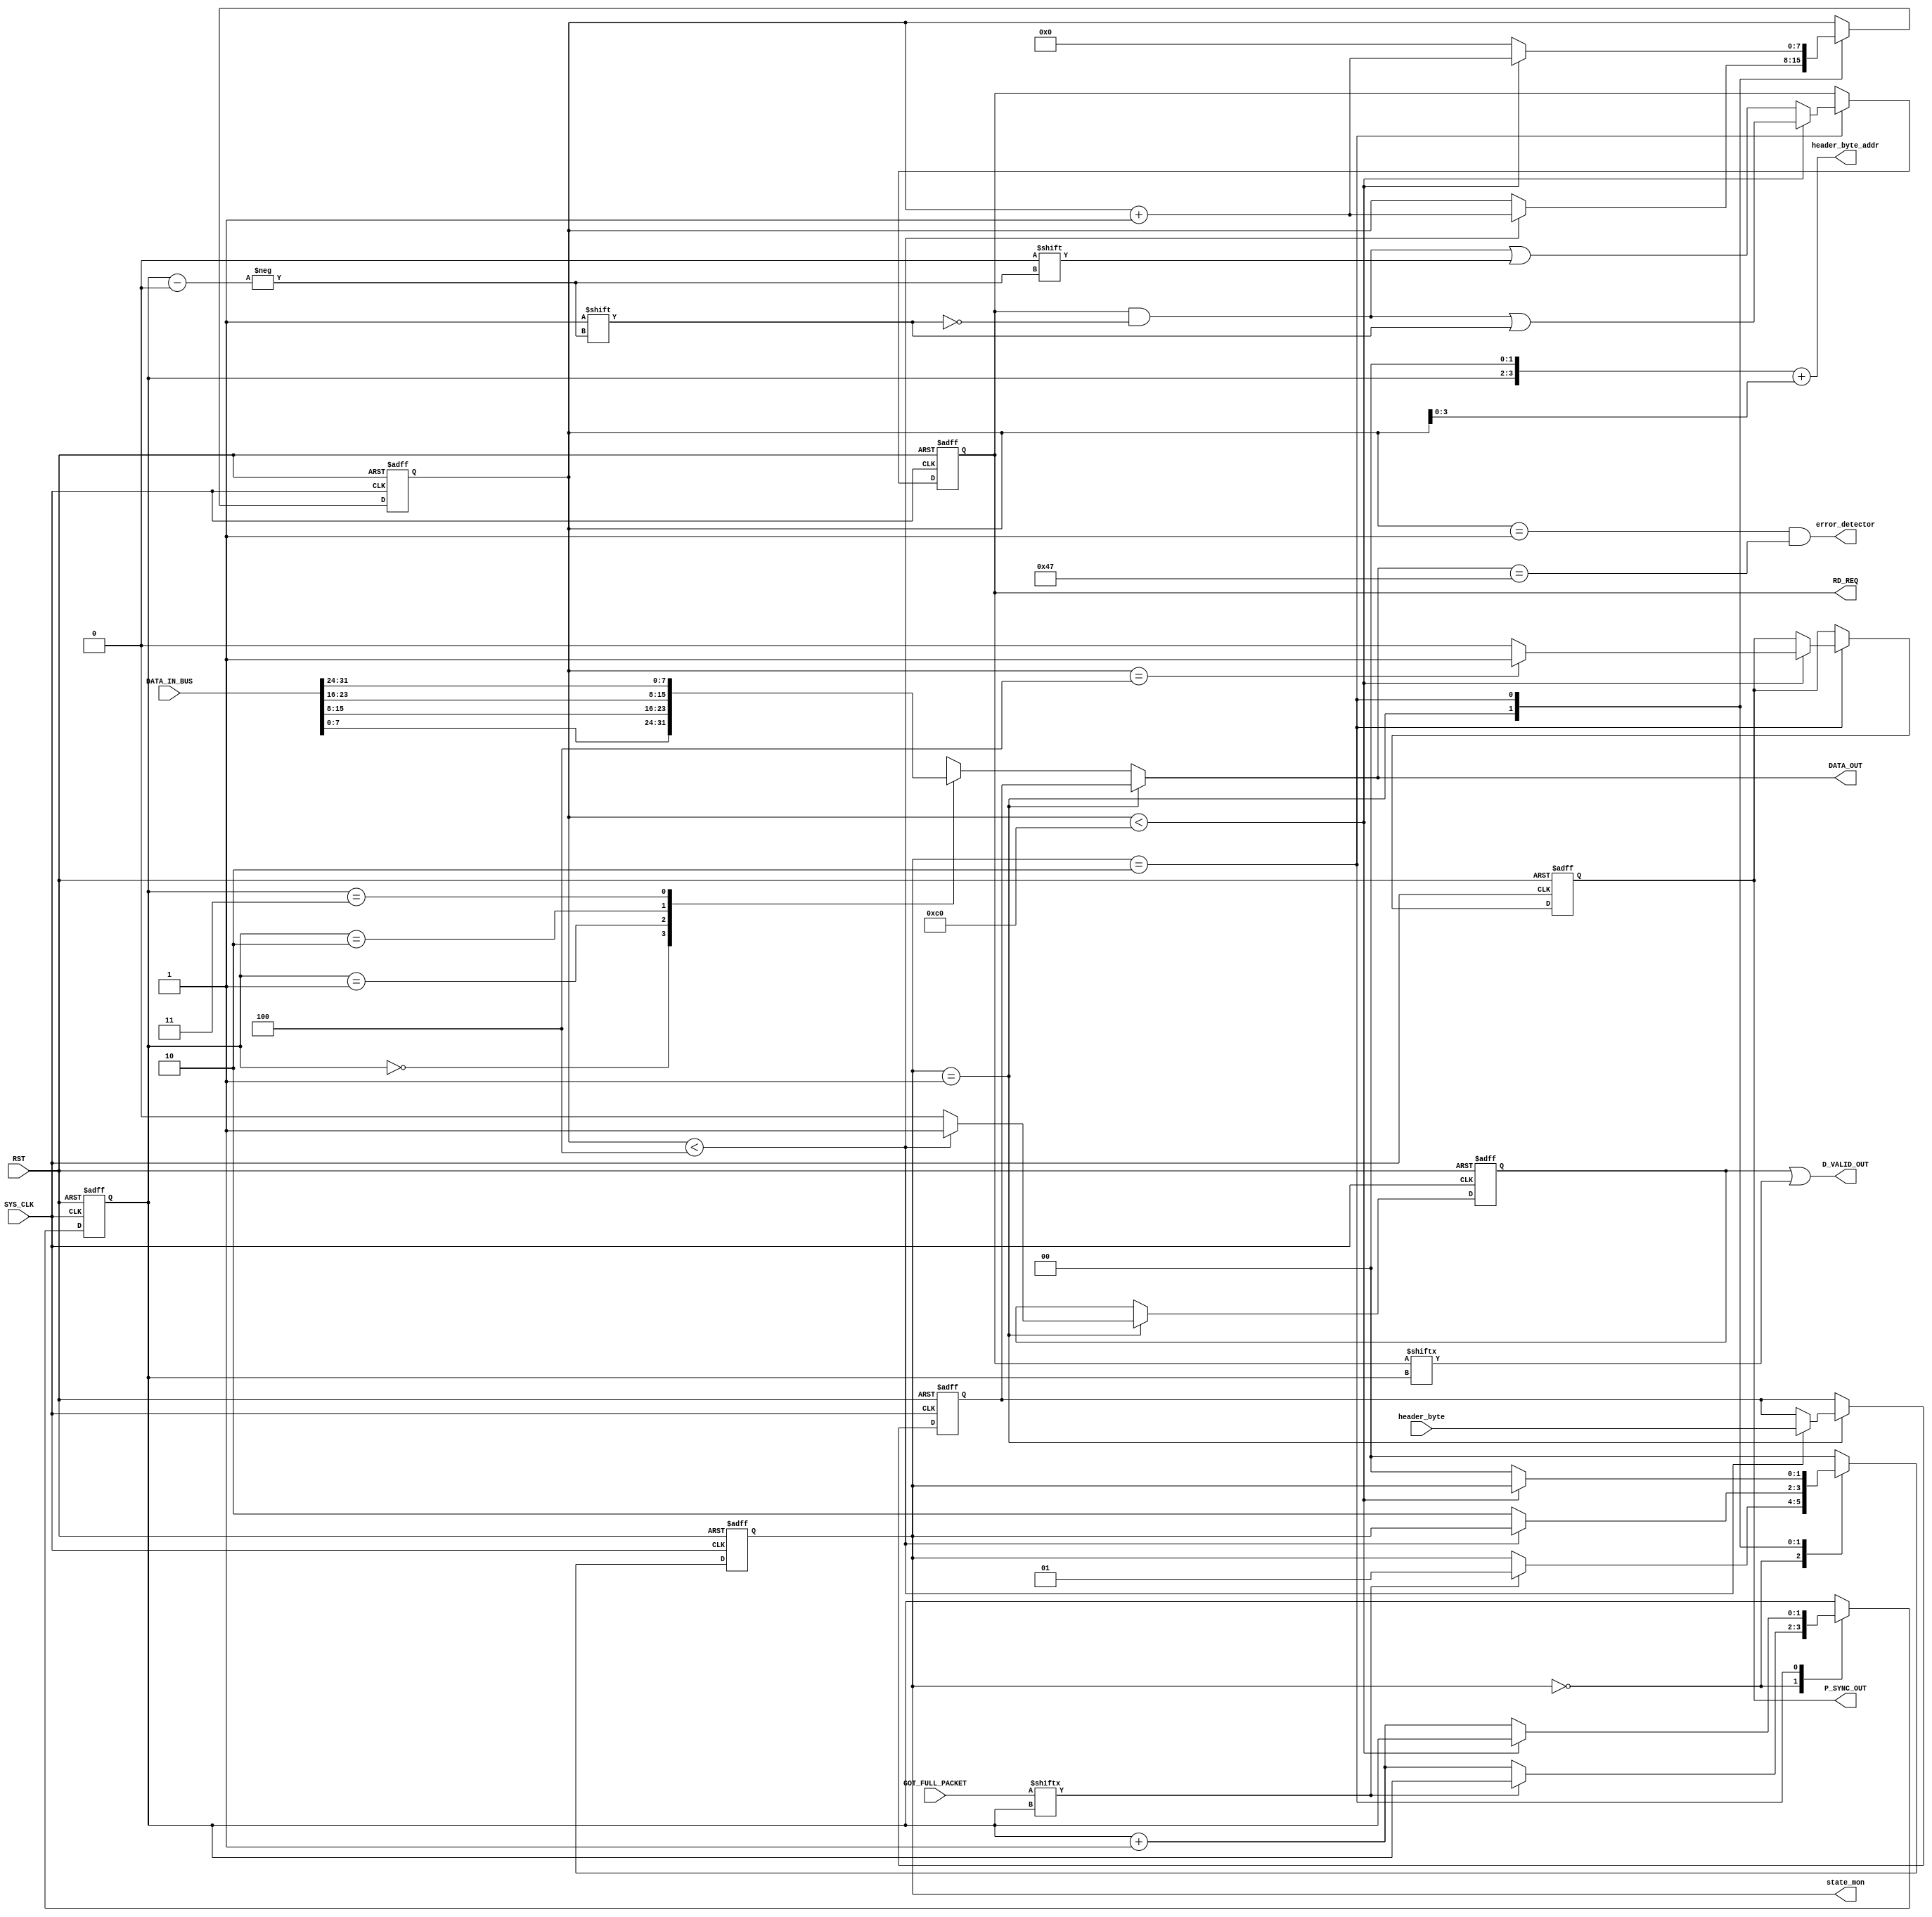
module source_switch(		// здесь сформировать give_me_one_packet для каждого источника
input SYS_CLK,
input RST,
input [3:0] GOT_FULL_PACKET,

input [31:0] DATA_IN_BUS,

output [3:0] header_byte_addr,
input [7:0] header_byte,

output reg [3:0] RD_REQ,

output [7:0] DATA_OUT,
output D_VALID_OUT,
output reg P_SYNC_OUT,

output [1:0] state_mon,
output error_detector
);

assign header_byte_addr = (source_counter<<2) + byte_counter[3:0];

assign state_mon = state;
assign error_detector = ((byte_counter == 8'd1) && (DATA_OUT == 8'h47));

wire [7:0] DATA_IN [3:0];

genvar i;
generate
for(i=0; i<4; i=i+1)
	begin: wow
	assign DATA_IN[i] = DATA_IN_BUS[(8*i+7):(8*i)];
	end
endgenerate

reg [1:0] state;
parameter [1:0] check_source		= 2'h0;
parameter [1:0] fill_header		= 2'h1;
parameter [1:0] forward_packet	= 2'h2;

reg [1:0] source_counter;
reg [7:0] byte_counter;
reg d_valid_header;
assign D_VALID_OUT = d_valid_header || RD_REQ[source_counter];
assign DATA_OUT = (state == fill_header) ? (data_header) : (DATA_IN[source_counter]);
reg [7:0] data_header;

always@(posedge SYS_CLK or negedge RST)
begin
if(!RST)
	begin
	source_counter <= 0;
	state <= check_source;
	byte_counter <= 0;
	P_SYNC_OUT <= 0;
	RD_REQ <= 4'b0000;
	d_valid_header <= 0;
	data_header <= 0;
	end
else
	case(state)
	check_source:
		begin
		if(GOT_FULL_PACKET[source_counter])
			begin
			state <= fill_header;
			end
		else
			source_counter <= source_counter + 1'b1;
		end
	fill_header:
		begin
		if(byte_counter < 4)
			begin
			data_header <= header_byte;
			d_valid_header <= 1;
			byte_counter <= byte_counter + 1'b1;
			end
		else
			begin
			d_valid_header <= 0;
			state <= forward_packet;
			end
		end
	forward_packet:
		begin
		if(byte_counter < 8'd192)
			begin
			RD_REQ[source_counter] <= 1;
			byte_counter <= byte_counter + 1'b1;
			if(byte_counter == 8'd4)
				P_SYNC_OUT <= 1;
			else
				P_SYNC_OUT <= 0;
			end
		else
			begin
			byte_counter <= 0;
			RD_REQ[source_counter] <= 0;
			source_counter <= source_counter + 1'b1;
			state <= check_source;
			end
		end
	default:
		state <= check_source;
	endcase
end

endmodule